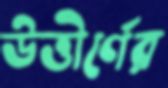
উত্তীর্ণের